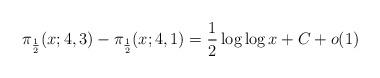
LaTeX: \begin{align*}\pi_{\frac{1}{2}}(x; 4, 3)-\pi_{\frac{1}{2}}(x; 4, 1) = \frac{1}{2} \log \log x+C+o(1)\end{align*}